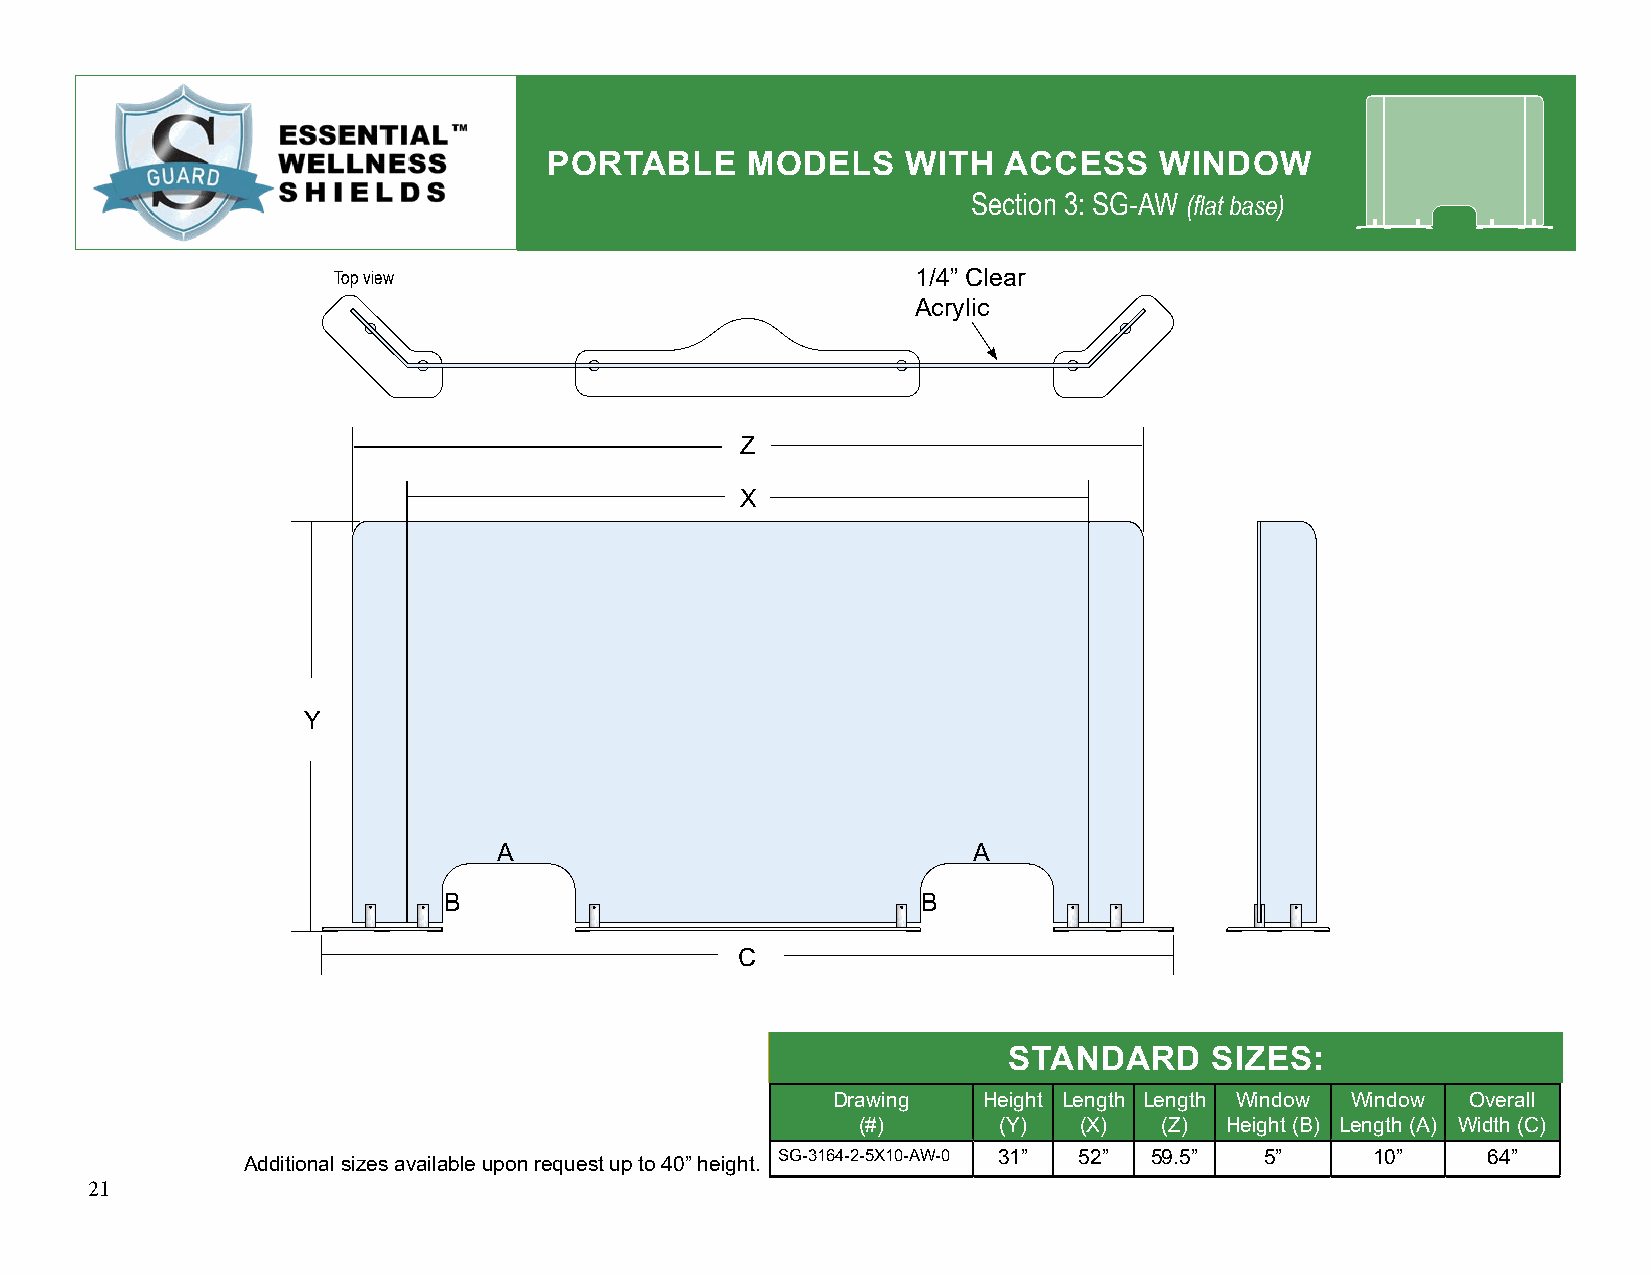
PORTABLE     MODELS     WITH  ACCESS     WINDOW
 Section 3: SG-AW (flat base)
 Top view                               1/4” Clear
 Acrylic
 Z
 X
 Y
 A                              A
 B                               B
 C
 STANDARD     SIZES:
 Drawing   Height Length Length Window Window Overall
 (#)      (Y)  (X)   (Z) Height (B) Length (A) Width (C)
 SG-3164-2-5X10-AW-0 31” 52” 59.5” 5”    10”    64”
 Additional sizes available upon request up to 40” height.
 21